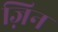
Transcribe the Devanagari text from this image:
ज़िन